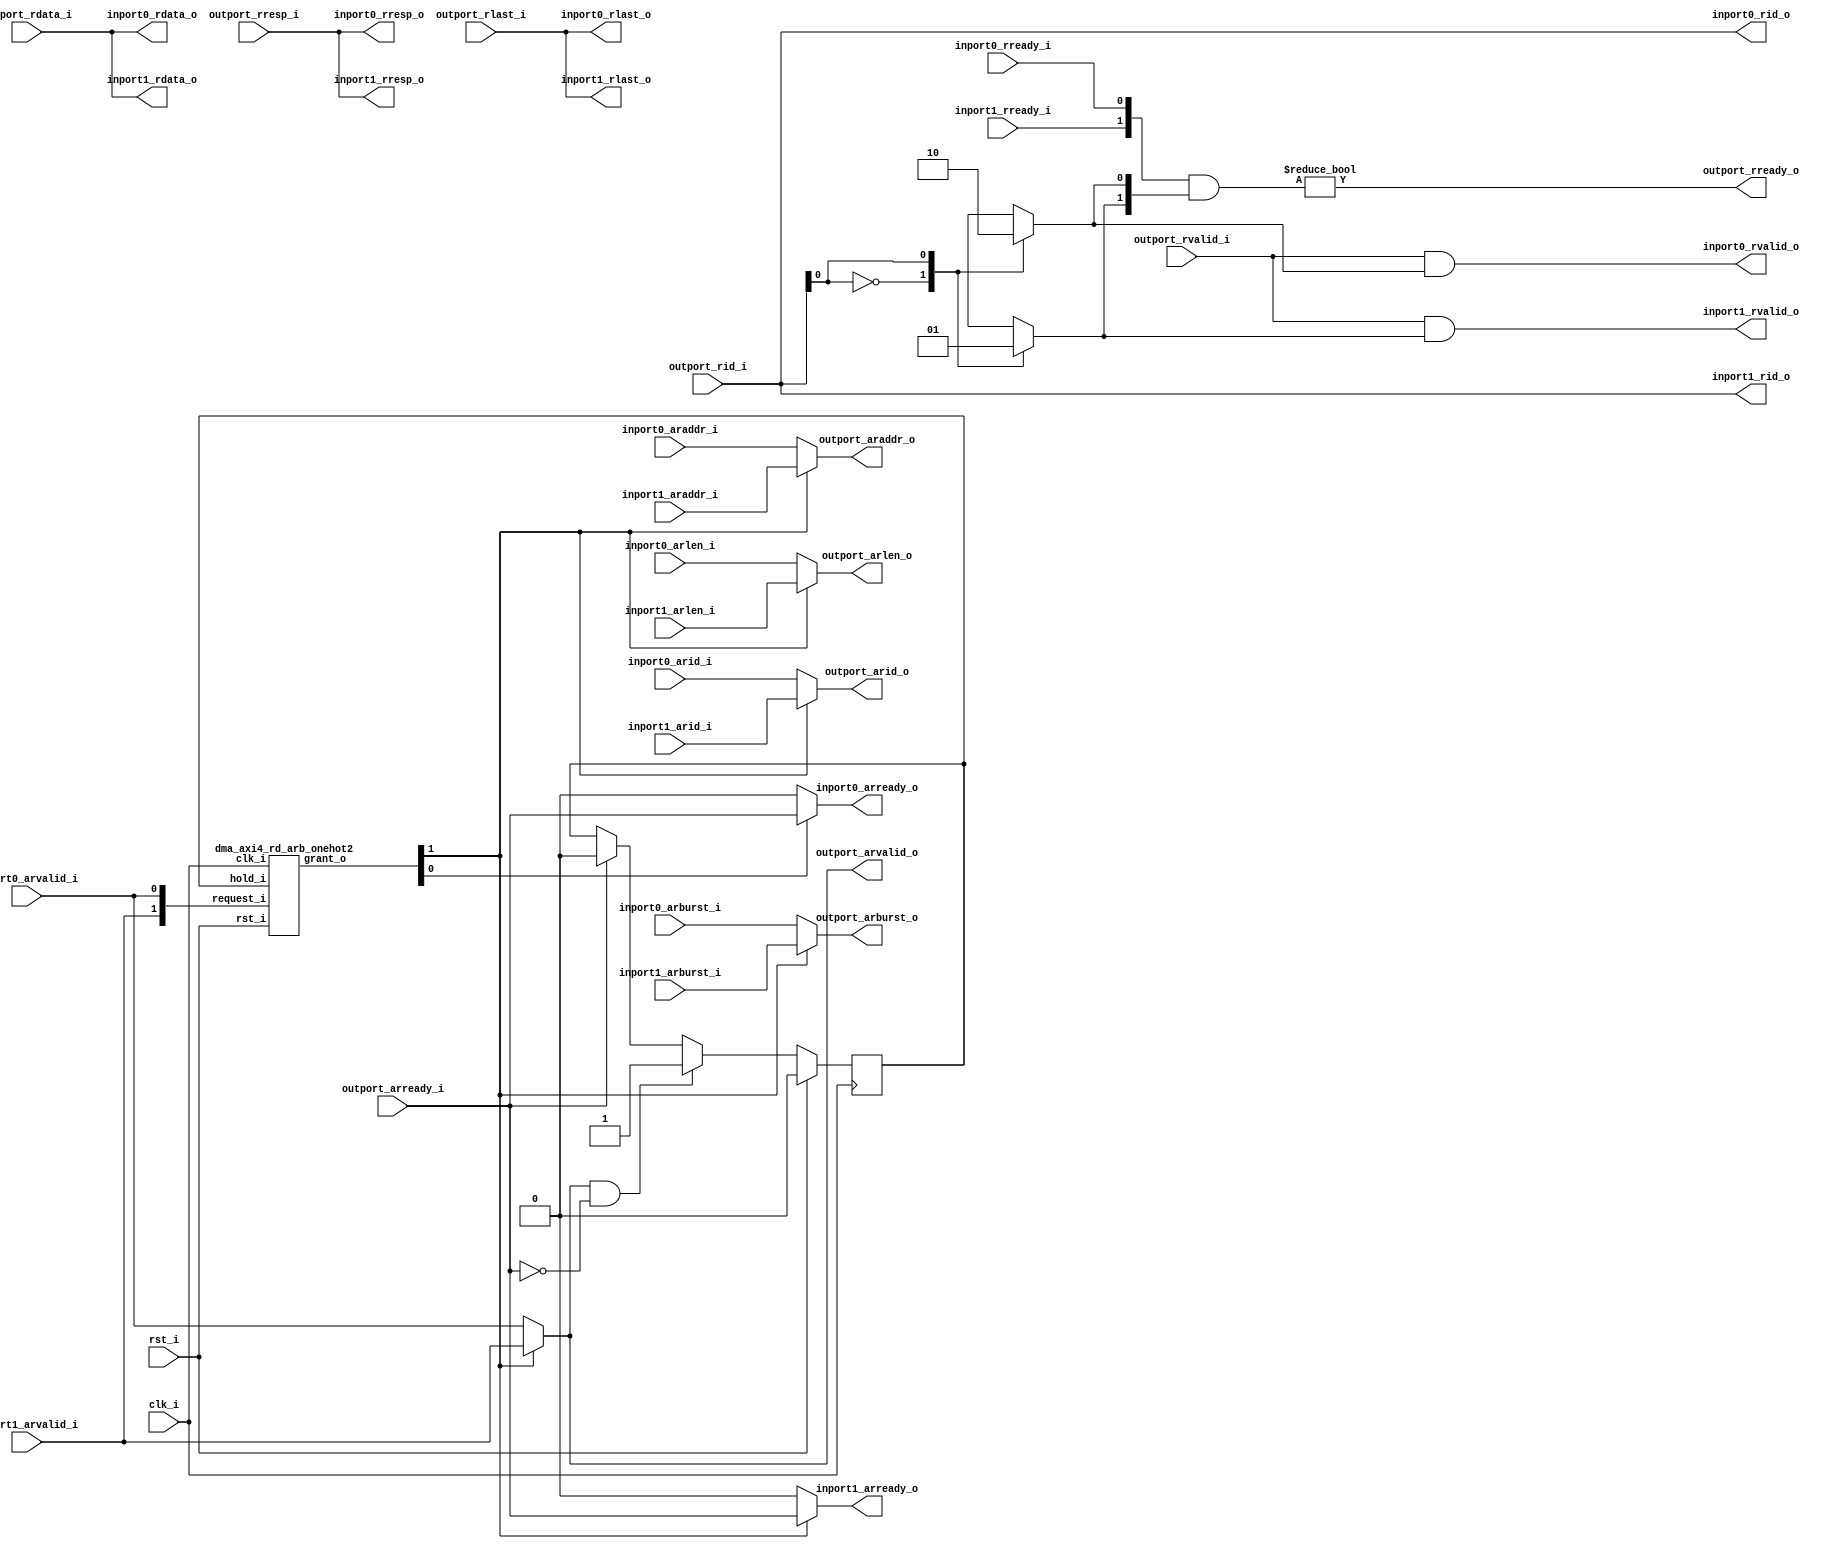
//-----------------------------------------------------------------
// Copyright (c) 2021, admin@ultra-embedded.com
// All rights reserved.
// 
// Redistribution and use in source and binary forms, with or without
// modification, are permitted provided that the following conditions 
// are met:
//   - Redistributions of source code must retain the above copyright
//     notice, this list of conditions and the following disclaimer.
//   - Redistributions in binary form must reproduce the above copyright
//     notice, this list of conditions and the following disclaimer 
//     in the documentation and/or other materials provided with the 
//     distribution.
//   - Neither the name of the author nor the names of its contributors 
//     may be used to endorse or promote products derived from this 
//     software without specific prior written permission.
// 
// THIS SOFTWARE IS PROVIDED BY THE COPYRIGHT HOLDERS AND CONTRIBUTORS 
// "AS IS" AND ANY EXPRESS OR IMPLIED WARRANTIES, INCLUDING, BUT NOT 
// LIMITED TO, THE IMPLIED WARRANTIES OF MERCHANTABILITY AND FITNESS FOR 
// A PARTICULAR PURPOSE ARE DISCLAIMED. IN NO EVENT SHALL THE AUTHOR BE 
// LIABLE FOR ANY DIRECT, INDIRECT, INCIDENTAL, SPECIAL, EXEMPLARY, OR 
// CONSEQUENTIAL DAMAGES (INCLUDING, BUT NOT LIMITED TO, PROCUREMENT OF 
// SUBSTITUTE GOODS OR SERVICES; LOSS OF USE, DATA, OR PROFITS; OR 
// BUSINESS INTERRUPTION) HOWEVER CAUSED AND ON ANY THEORY OF 
// LIABILITY, WHETHER IN CONTRACT, STRICT LIABILITY, OR TORT
// (INCLUDING NEGLIGENCE OR OTHERWISE) ARISING IN ANY WAY OUT OF 
// THE USE OF THIS SOFTWARE, EVEN IF ADVISED OF THE POSSIBILITY OF 
// SUCH DAMAGE.
//-----------------------------------------------------------------
module dma_axi4_rd_arb
//-----------------------------------------------------------------
// Params
//-----------------------------------------------------------------
#(
     parameter PORT_SEL_H       = 0
    ,parameter PORT_SEL_L       = 0
)
//-----------------------------------------------------------------
// Ports
//-----------------------------------------------------------------
(
     input           clk_i
    ,input           rst_i

    ,input           inport0_arvalid_i
    ,input  [ 31:0]  inport0_araddr_i
    ,input  [  3:0]  inport0_arid_i
    ,input  [  7:0]  inport0_arlen_i
    ,input  [  1:0]  inport0_arburst_i
    ,input           inport0_rready_i
    ,output          inport0_arready_o
    ,output          inport0_rvalid_o
    ,output [ 31:0]  inport0_rdata_o
    ,output [  1:0]  inport0_rresp_o
    ,output [  3:0]  inport0_rid_o
    ,output          inport0_rlast_o

    ,input           inport1_arvalid_i
    ,input  [ 31:0]  inport1_araddr_i
    ,input  [  3:0]  inport1_arid_i
    ,input  [  7:0]  inport1_arlen_i
    ,input  [  1:0]  inport1_arburst_i
    ,input           inport1_rready_i
    ,output          inport1_arready_o
    ,output          inport1_rvalid_o
    ,output [ 31:0]  inport1_rdata_o
    ,output [  1:0]  inport1_rresp_o
    ,output [  3:0]  inport1_rid_o
    ,output          inport1_rlast_o

    ,output          outport_arvalid_o
    ,output [ 31:0]  outport_araddr_o
    ,output [  3:0]  outport_arid_o
    ,output [  7:0]  outport_arlen_o
    ,output [  1:0]  outport_arburst_o
    ,output          outport_rready_o
    ,input           outport_arready_i
    ,input           outport_rvalid_i
    ,input  [ 31:0]  outport_rdata_i
    ,input  [  1:0]  outport_rresp_i
    ,input  [  3:0]  outport_rid_i
    ,input           outport_rlast_i
);

//-----------------------------------------------------------------
// Read Requestor Select
//-----------------------------------------------------------------
wire [1:0] read_req_w;
reg        read_hold_q;
wire [1:0] read_grant_w;

assign read_req_w[0] = inport0_arvalid_i;
assign read_req_w[1] = inport1_arvalid_i;

dma_axi4_rd_arb_onehot2
u_rd_arb
(
    .clk_i(clk_i),
    .rst_i(rst_i),

    .hold_i(read_hold_q),
    .request_i(read_req_w),
    .grant_o(read_grant_w)
);

//-----------------------------------------------------------------
// Read Hold
//-----------------------------------------------------------------
always @ (posedge clk_i )
if (rst_i)
    read_hold_q  <= 1'b0;
else if (outport_arvalid_o && !outport_arready_i)
    read_hold_q  <= 1'b1;
else if (outport_arready_i)
    read_hold_q  <= 1'b0;

//-----------------------------------------------------------------
// Read Request Mux
//-----------------------------------------------------------------
reg          outport_arvalid_r;
reg [ 31:0]  outport_araddr_r;
reg [  3:0]  outport_arid_r;
reg [  7:0]  outport_arlen_r;
reg [  1:0]  outport_arburst_r;

always @ *
begin
    outport_arvalid_r = 1'b0;
    outport_araddr_r  = 32'b0;
    outport_arid_r    = 4'b0;
    outport_arlen_r   = 8'b0;
    outport_arburst_r = 2'b0;

    case (1'b1)
    default: // Input 0
    begin
        outport_arvalid_r = inport0_arvalid_i;
        outport_araddr_r  = inport0_araddr_i;
        outport_arid_r    = inport0_arid_i;
        outport_arlen_r   = inport0_arlen_i;
        outport_arburst_r = inport0_arburst_i;
    end
    read_grant_w[1]:
    begin
        outport_arvalid_r = inport1_arvalid_i;
        outport_araddr_r  = inport1_araddr_i;
        outport_arid_r    = inport1_arid_i;
        outport_arlen_r   = inport1_arlen_i;
        outport_arburst_r = inport1_arburst_i;
    end
    endcase
end

assign outport_arvalid_o = outport_arvalid_r;
assign outport_araddr_o  = outport_araddr_r;
assign outport_arid_o    = outport_arid_r;
assign outport_arlen_o   = outport_arlen_r;
assign outport_arburst_o = outport_arburst_r;

//-----------------------------------------------------------------
// Read Handshaking Demux
//-----------------------------------------------------------------
assign inport0_arready_o = read_grant_w[0] ? outport_arready_i : 1'b0;
assign inport1_arready_o = read_grant_w[1] ? outport_arready_i : 1'b0;

//-----------------------------------------------------------------
// Read Response Routing
//-----------------------------------------------------------------
reg [1:0] rd_resp_target_r;

always @ *
begin
    rd_resp_target_r = 2'b0;

    case (outport_rid_i[PORT_SEL_H:PORT_SEL_L])
    1'd0:
        rd_resp_target_r[0] = 1'b1;
    1'd1:
        rd_resp_target_r[1] = 1'b1;
    default:
        rd_resp_target_r[0] = 1'b1;
    endcase
end

wire [1:0] inport_rready_w;
assign inport_rready_w[0] = inport0_rready_i;
assign inport_rready_w[1] = inport1_rready_i;

assign outport_rready_o = (inport_rready_w & rd_resp_target_r) != 2'b0;

assign inport0_rvalid_o = outport_rvalid_i & rd_resp_target_r[0];
assign inport0_rdata_o  = outport_rdata_i;
assign inport0_rid_o    = outport_rid_i;
assign inport0_rresp_o  = outport_rresp_i;
assign inport0_rlast_o  = outport_rlast_i;
assign inport1_rvalid_o = outport_rvalid_i & rd_resp_target_r[1];
assign inport1_rdata_o  = outport_rdata_i;
assign inport1_rid_o    = outport_rid_i;
assign inport1_rresp_o  = outport_rresp_i;
assign inport1_rlast_o  = outport_rlast_i;

endmodule

//-----------------------------------------------------------------
// One Hot Arbiter
//-----------------------------------------------------------------
module dma_axi4_rd_arb_onehot2
(
    // Inputs
     input         clk_i
    ,input         rst_i
    ,input         hold_i
    ,input  [1:0]  request_i

    // Outputs
    ,output [1:0]  grant_o
);

//-----------------------------------------------------------------
// Registers / Wires
//-----------------------------------------------------------------
wire [1:0] req_ffs_masked_w;
wire [1:0] req_ffs_unmasked_w;
wire [1:0] req_ffs_w;

reg  [1:0] mask_next_q;
reg  [1:0] grant_last_q;
wire [1:0] grant_new_w;

//-----------------------------------------------------------------
// ffs: Find first set
//-----------------------------------------------------------------
function [1:0] ffs;
    input [1:0] request;
begin
    ffs[0] = request[0];
    ffs[1] = ffs[0] | request[1];
end
endfunction

assign req_ffs_masked_w = ffs(request_i & mask_next_q);
assign req_ffs_unmasked_w = ffs(request_i);

assign req_ffs_w = (|req_ffs_masked_w) ? req_ffs_masked_w : req_ffs_unmasked_w;

always @ (posedge clk_i )
if (rst_i)
begin
    mask_next_q <= {2{1'b1}};
    grant_last_q <= 2'b0;
end
else
begin
    if (~hold_i)
        mask_next_q <= {req_ffs_w[0:0], 1'b0};
    
    grant_last_q <= grant_o;
end

assign grant_new_w = req_ffs_w ^ {req_ffs_w[0:0], 1'b0};
assign grant_o = hold_i ? grant_last_q : grant_new_w;

endmodule